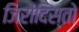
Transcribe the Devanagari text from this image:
जिरोंदिस्तो